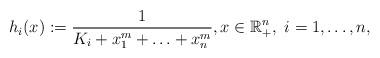
LaTeX: \begin{align*}h_i(x):=\frac{1}{K_i+x_1^m+\ldots+x_n^m},x\in\mathbb{R}_+^n,\ i=1,\ldots,n,\end{align*}